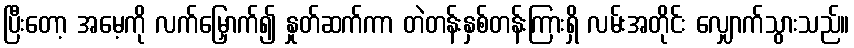
ပြီးတော့ အမေ့ကို လက်မြှောက်၍ နှုတ်ဆက်ကာ တဲတန်းနှစ်တန်းကြားရှိ လမ်းအတိုင်း လျှောက်သွားသည်။